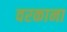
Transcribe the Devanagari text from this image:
वरकाना